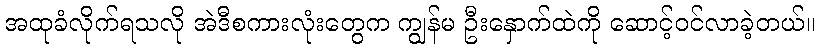
အထုခံလိုက်ရသလို အဲဒီစကားလုံးတွေက ကျွန်မ ဦးနှောက်ထဲကို ဆောင့်ဝင်လာခဲ့တယ်။